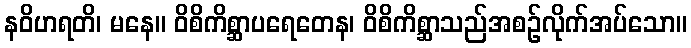
နဝိဟရတိ၊ မနေ။ ဝိစိကိစ္ဆာပရေတေန၊ ဝိစိကိစ္ဆာသည်အစဉ်လိုက်အပ်သော။